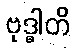
ဗုဒ္ဓါတိ